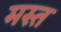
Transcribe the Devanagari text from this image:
मस्‍त